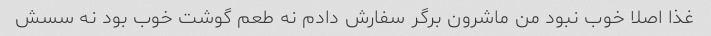
غذا اصلا خوب نبود من ماشرون برگر سفارش دادم نه طعم گوشت خوب بود نه سسش